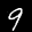
Label: 9